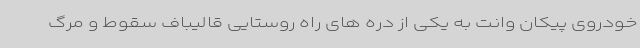
خودروی پیکان وانت به یکی از دره های راه روستایی قالیباف سقوط و مرگ